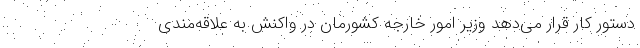
دستور كار قرار مى‌دهد وزیر امور خارجه کشورمان در واکنش به علاقه‌مندی